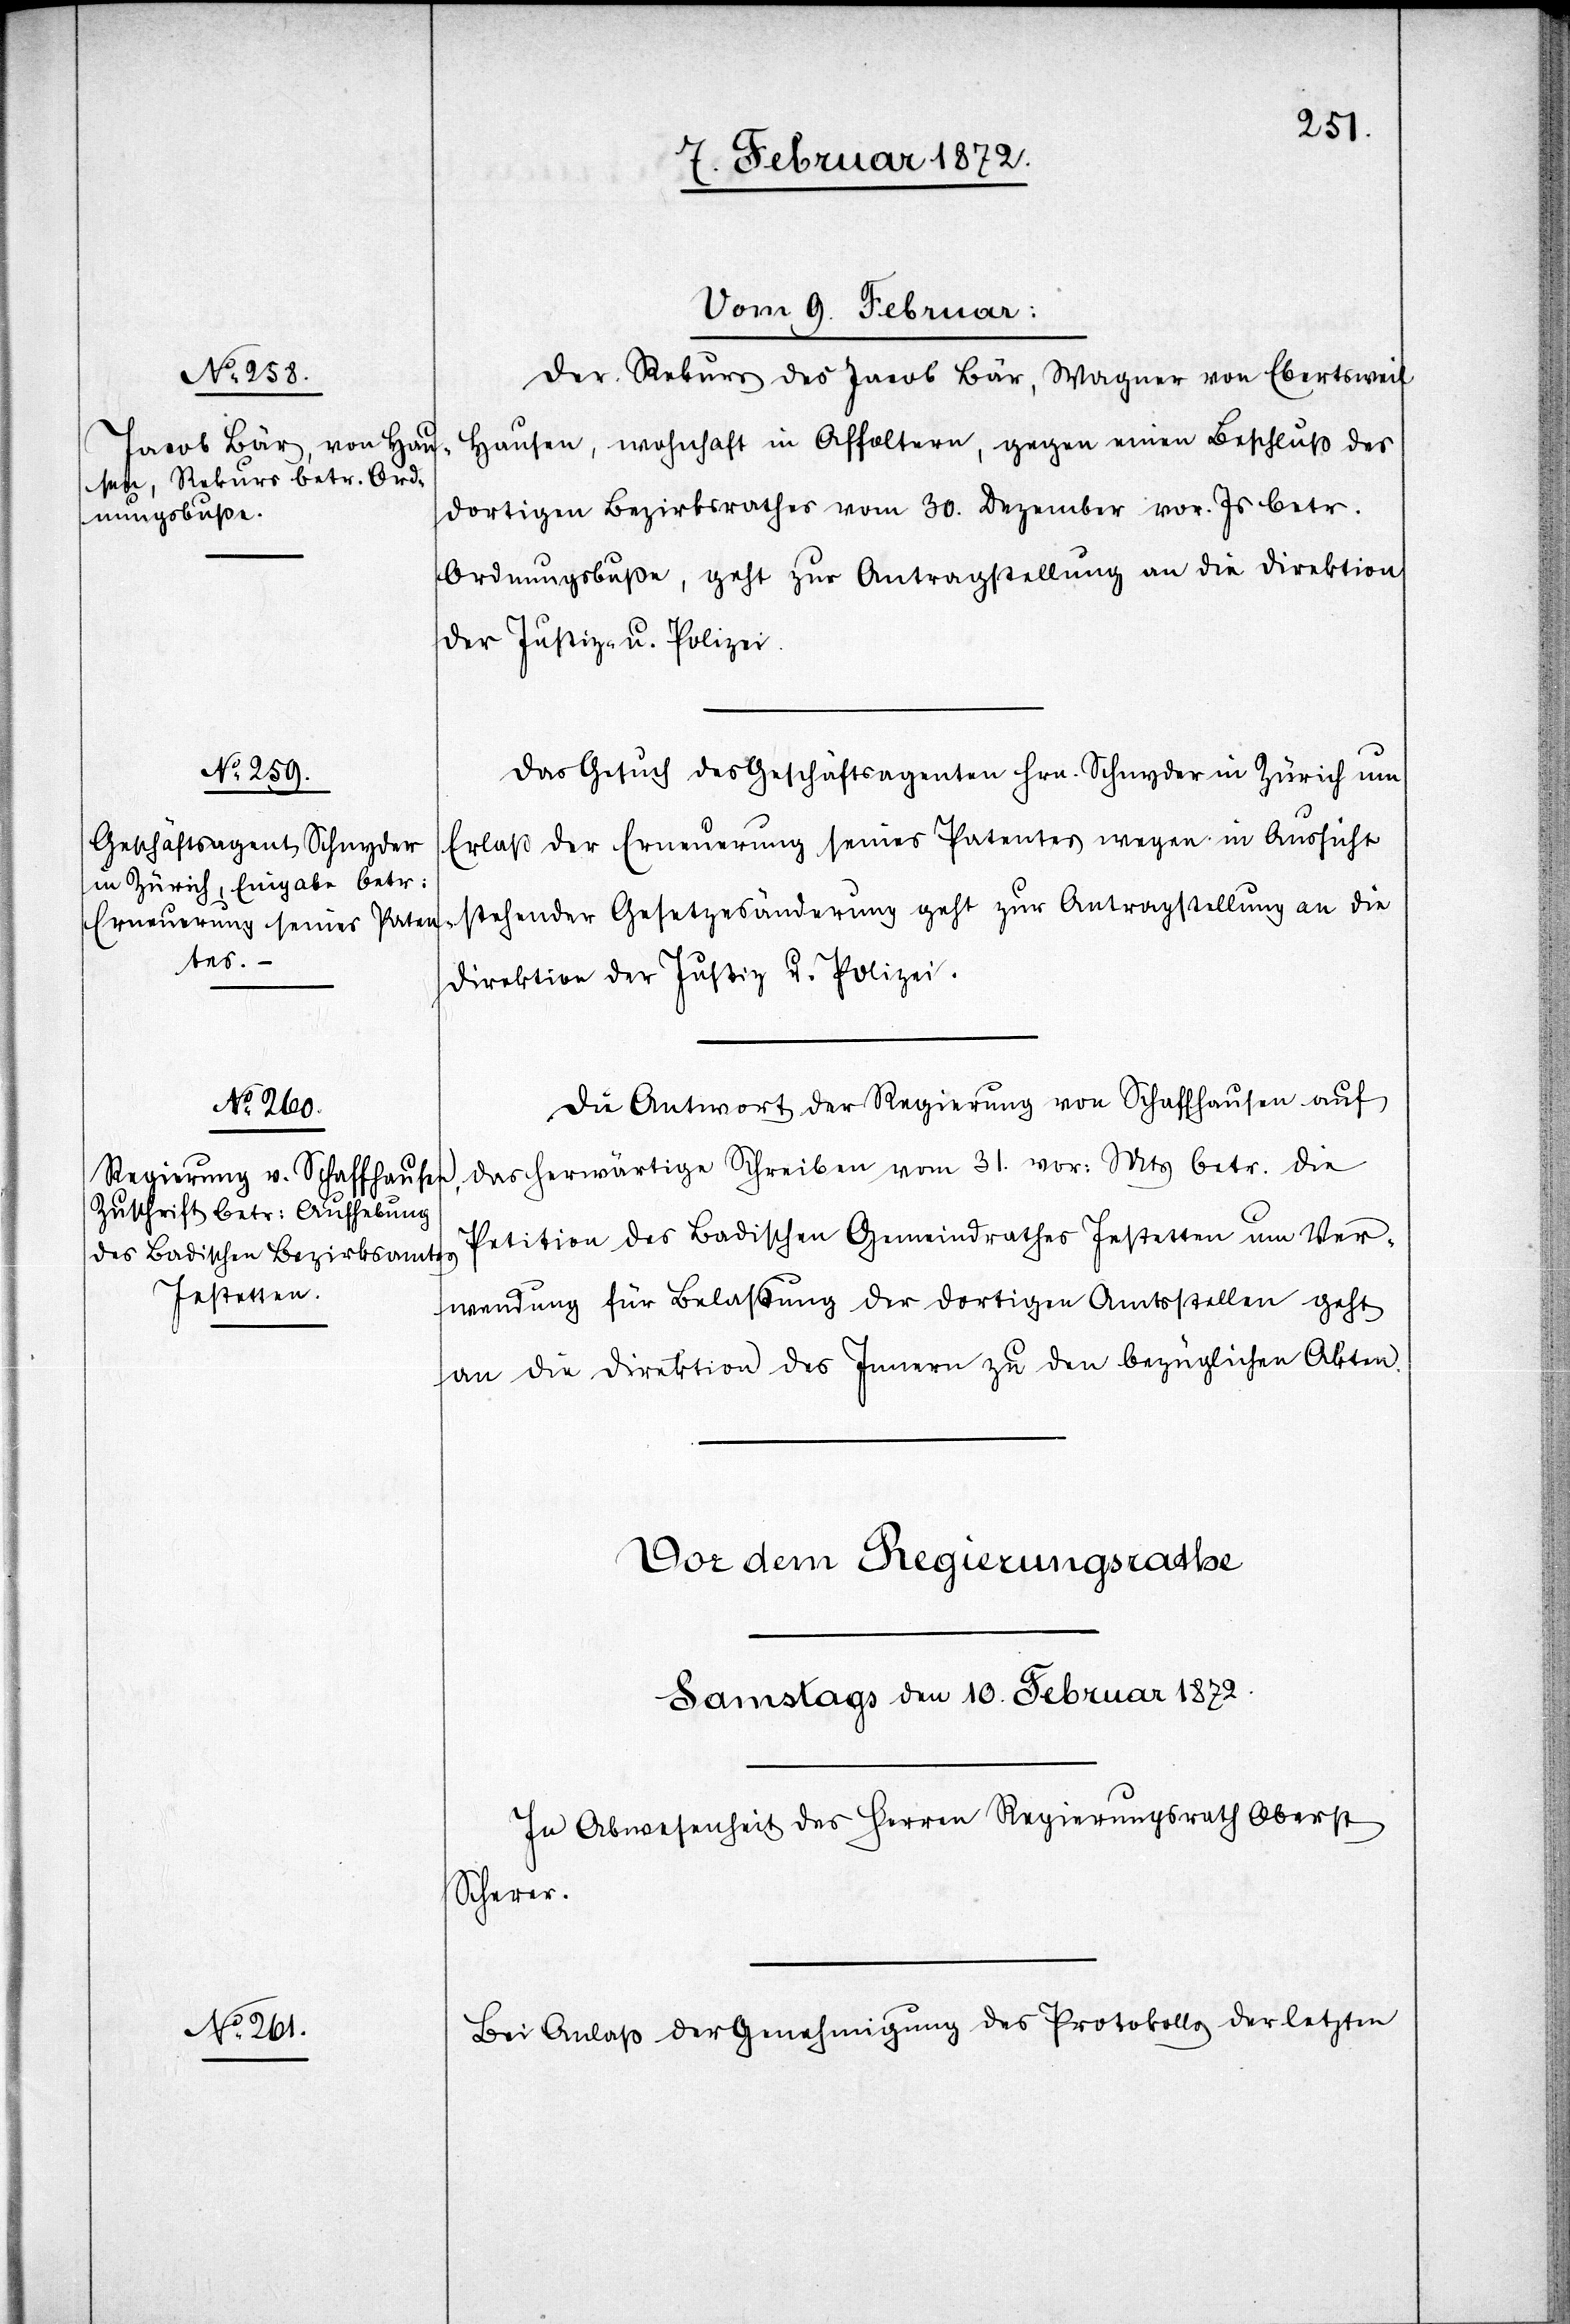
Vom 9. Februar.]
Der Rekurs des Jacob Bär, Wagner von Ebertsweil
Hausen, wohnhaft in Affoltern, gegen einen Beschluß des
dortigen Bezirksrathes vom 30. Dezember vor. Js betr.
Ordnungsbuße, geht zur Antragsstellung an die Direktion
der Justiz- u. Polizei.
Das Gesuch des Geschäftsagenten Hrn. Schnyder in Zürich um
Erlaß der Erneuerung seines Patentes wegen in Aussicht
stehender Gesetzesänderung geht zur Antragsstellung an die
Direktion der Justiz u. Polizei.
Die Antwort der Regierung von Schaffhausen auf
das herwärtige Schreiben von 31. vor. Mts betr die
Petition des Badischen Gemeindrathes Instetten um Ver¬
wendung für Belaßung der dortigen Amtsstellen geht
an die Direktion des Innern zu den bezüglichen Akten.
Bei Anlaß der Genehmigung des Protokolls der letzten